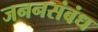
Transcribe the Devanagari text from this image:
जननसंबंध